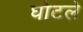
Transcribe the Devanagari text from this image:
घोटले